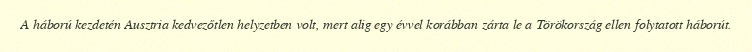
A háború kezdetén Ausztria kedvezőtlen helyzetben volt, mert alig egy évvel korábban zárta le a Törökország ellen folytatott háborút.